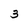
Character: 3